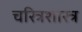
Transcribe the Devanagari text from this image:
चरित्रशास्त्र